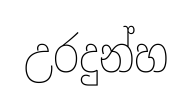
උරදුන්හ